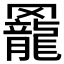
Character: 𦌼